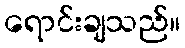
ရောင်းချသည်။